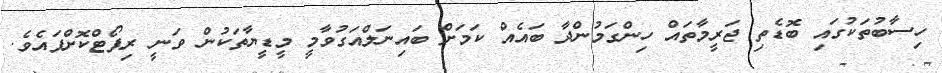
ހިސާބުތަކުގައި ބޮޑެތި ޖަރީމާތައް ހިންގަމުންދާ ބައެއް ކަމަށް ބައިނަލްއަގުވާމީ މީޑީޔާތަކުން ވަނީ ރިޕޯޓްކޮށްފައެވެ.